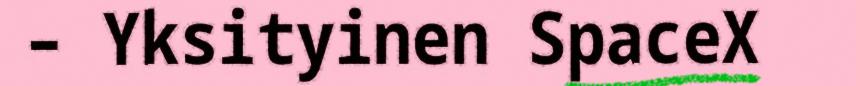
– Yksityinen SpaceX